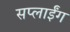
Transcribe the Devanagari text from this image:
सप्लाईंग